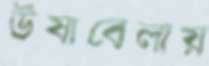
উষাবেলায়